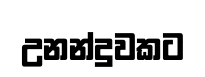
උනන්දුවකට